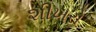
શીખરો